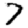
Digit: 7